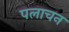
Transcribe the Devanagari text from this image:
पलाचन